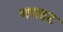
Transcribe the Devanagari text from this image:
गराहट